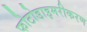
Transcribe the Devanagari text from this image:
फोटोडाइमरीकरण